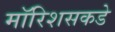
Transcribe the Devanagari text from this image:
मॉरिशसकडे